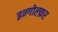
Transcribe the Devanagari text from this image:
इन्गोल्फ़र